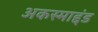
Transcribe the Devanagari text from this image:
अकस्माद्दंड